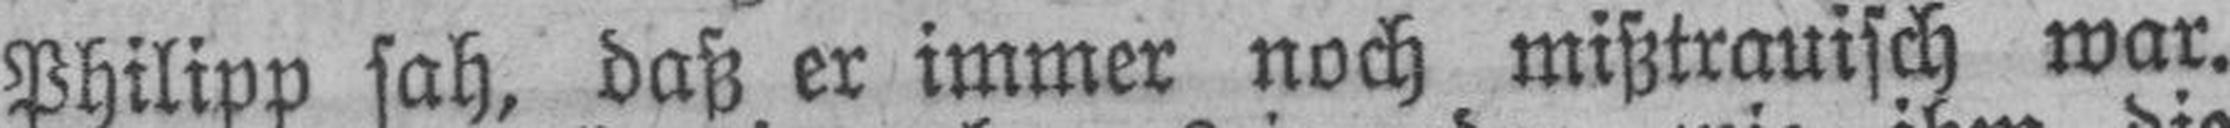
Philipp sah, daß er immer noch mißtrauisch war.